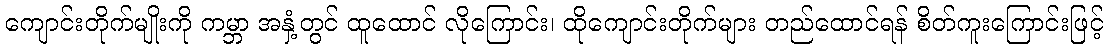
ကျောင်းတိုက်မျိုးကို ကမ္ဘာ အနှံ့တွင် ထူထောင် လိုကြောင်း၊ ထိုကျောင်းတိုက်များ တည်ထောင်ရန် စိတ်ကူးကြောင်းဖြင့်